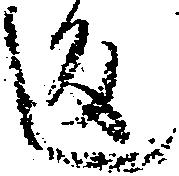
返